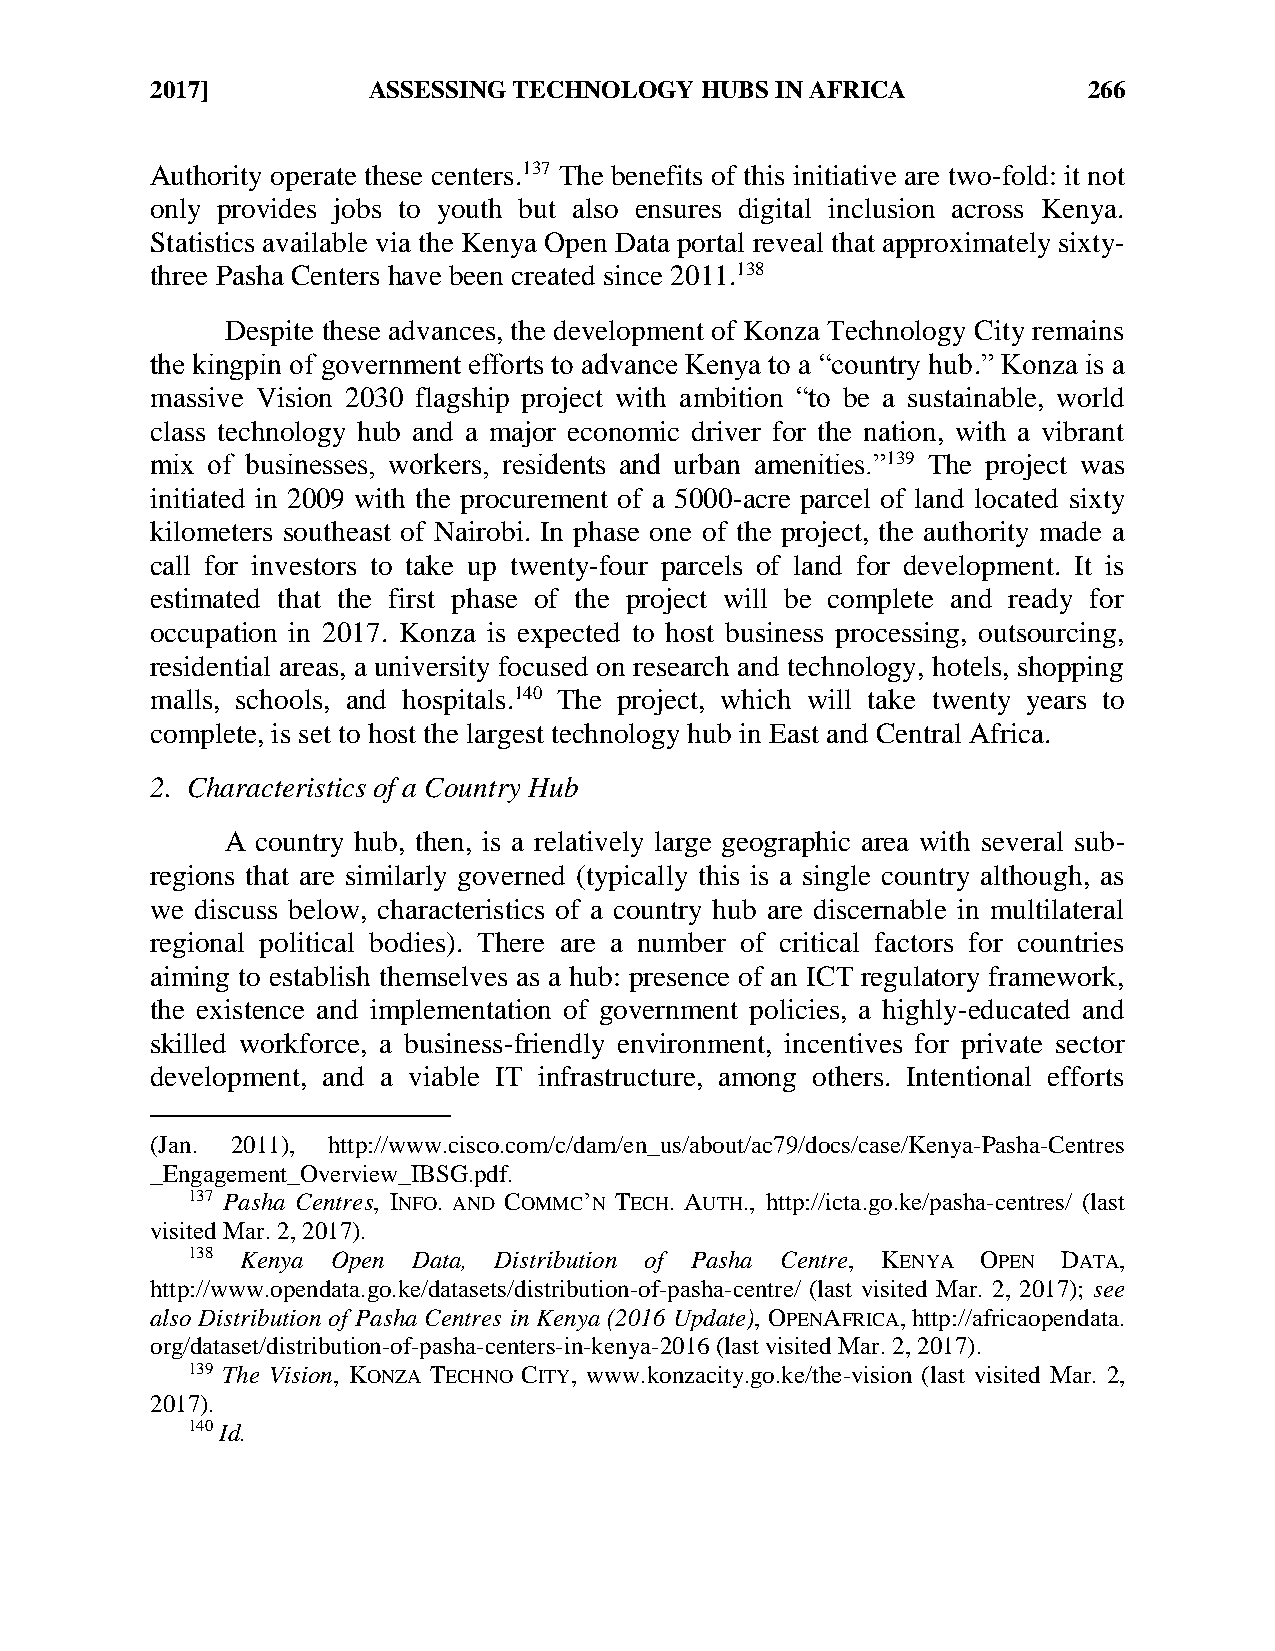
2017]         ASSESSING TECHNOLOGY  HUBS IN AFRICA            266
 Authority operate these centers.137 The benefits of this initiative are two-fold: it not
 only provides jobs to youth but also ensures digital inclusion across Kenya.
 Statistics available via the Kenya Open Data portal reveal that approximately sixty-
 three Pasha Centers have been created since 2011.138
 Despite these advances, the development of Konza Technology City remains
 the kingpin of government efforts to advance Kenya to a “country hub.” Konza is a
 massive Vision 2030 flagship project with ambition “to be a sustainable, world
 class technology hub and a major economic driver for the nation, with a vibrant
 mix of businesses, workers, residents and urban amenities.”139 The project was
 initiated in 2009 with the procurement of a 5000-acre parcel of land located sixty
 kilometers southeast of Nairobi. In phase one of the project, the authority made a
 call for investors to take up twenty-four parcels of land for development. It is
 estimated that the first phase of the project will be complete and ready for
 occupation in 2017. Konza is expected to host business processing, outsourcing,
 residential areas, a university focused on research and technology, hotels, shopping
 malls, schools, and hospitals.140 The project, which will take twenty years to
 complete, is set to host the largest technology hub in East and Central Africa.
 2. Characteristics of a Country Hub
 A country hub, then, is a relatively large geographic area with several sub-
 regions that are similarly governed (typically this is a single country although, as
 we discuss below, characteristics of a country hub are discernable in multilateral
 regional political bodies). There are a number of critical factors for countries
 aiming to establish themselves as a hub: presence of an ICT regulatory framework,
 the existence and implementation of government policies, a highly-educated and
 skilled workforce, a business-friendly environment, incentives for private sector
 development, and a viable IT infrastructure, among others. Intentional efforts
 (Jan. 2011), http://www.cisco.com/c/dam/en_us/about/ac79/docs/case/Kenya-Pasha-Centres
 _Engagement_Overview_IBSG.pdf.
 137 Pasha Centres, INFO. AND COMMC’N TECH. AUTH., http://icta.go.ke/pasha-centres/ (last
 visited Mar. 2, 2017).
 138 Kenya Open Data, Distribution of Pasha Centre, KENYA OPEN DATA,
 http://www.opendata.go.ke/datasets/distribution-of-pasha-centre/ (last visited Mar. 2, 2017); see
 also Distribution of Pasha Centres in Kenya (2016 Update), OPENAFRICA, http://africaopendata.
 org/dataset/distribution-of-pasha-centers-in-kenya-2016 (last visited Mar. 2, 2017).
 139 The Vision, KONZA TECHNO CITY, www.konzacity.go.ke/the-vision (last visited Mar. 2,
 2017).
 140 Id.